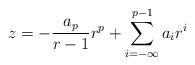
LaTeX: \begin{align*}z = -\frac{a_p}{r-1} r^p + \sum_{i=-\infty}^{p-1} a_{i} r^i\end{align*}